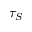
\tau _ { S }